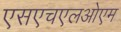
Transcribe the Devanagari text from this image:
एसएचएलओएम